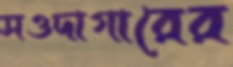
সওদাগারের